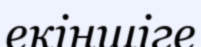
екіншіге